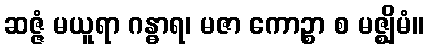
ဆဇ္ဇံ မယူရာ ဂန္ဓာရ၊ မဇာ ကောဉ္စာ စ မဇ္ဈိမံ။